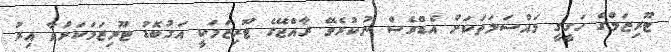
ޓޫރިޒަމްގެ ހަގީގީ މައްސަލަތަކަށް އެޑްރެސް ނުކުރެވޭ ރާއްޖޭގެ ޓޫރިޒަމަކީ އަގުބޮޑު ޓޫރިޒަމަކަށްވާ އިރު